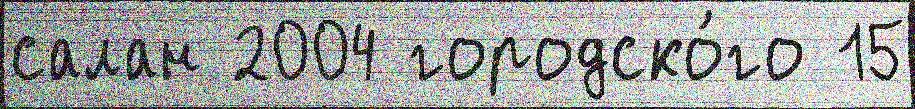
салан 2004 городско́го 15